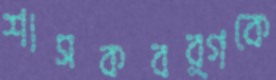
শাসকবর্গকে